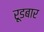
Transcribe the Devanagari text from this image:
रूडबार